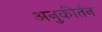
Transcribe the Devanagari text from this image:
अनुकीर्तन